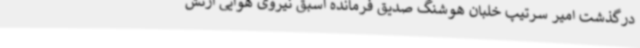
درگذشت امیر سرتیپ خلبان هوشنگ صدیق فرمانده اسبق نیروی هوایی ارتش